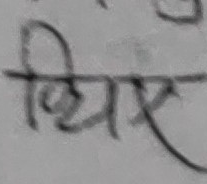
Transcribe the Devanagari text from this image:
थिय